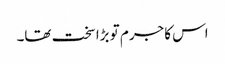
اس کا جرم تو بڑا سخت تھا۔